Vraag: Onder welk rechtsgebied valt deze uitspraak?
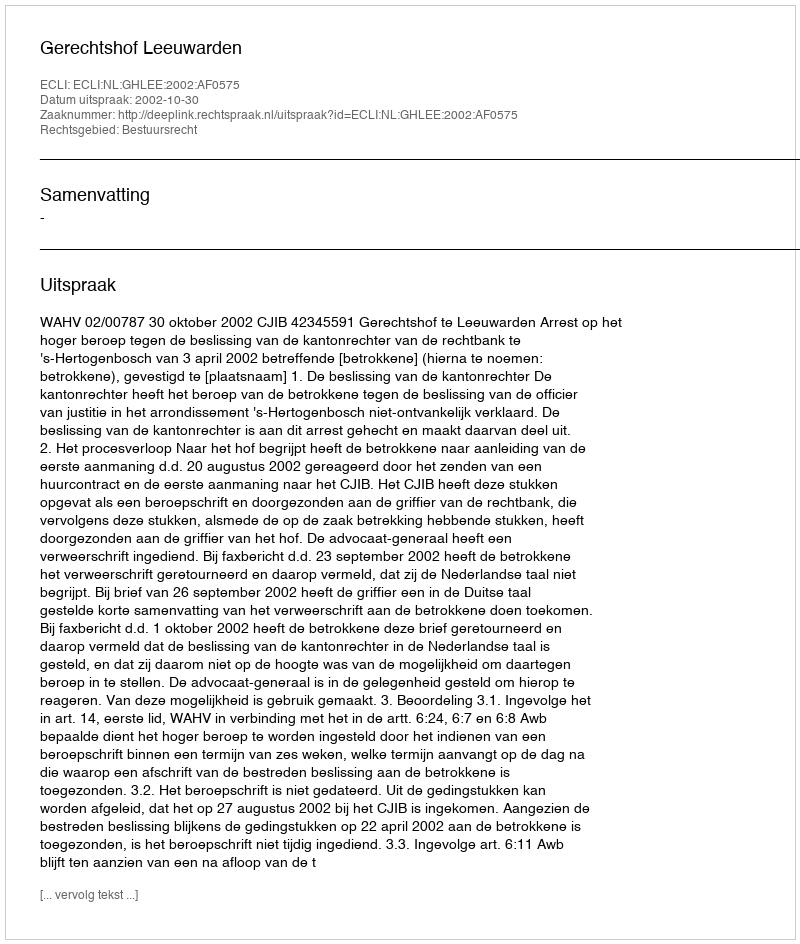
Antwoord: Bestuursrecht